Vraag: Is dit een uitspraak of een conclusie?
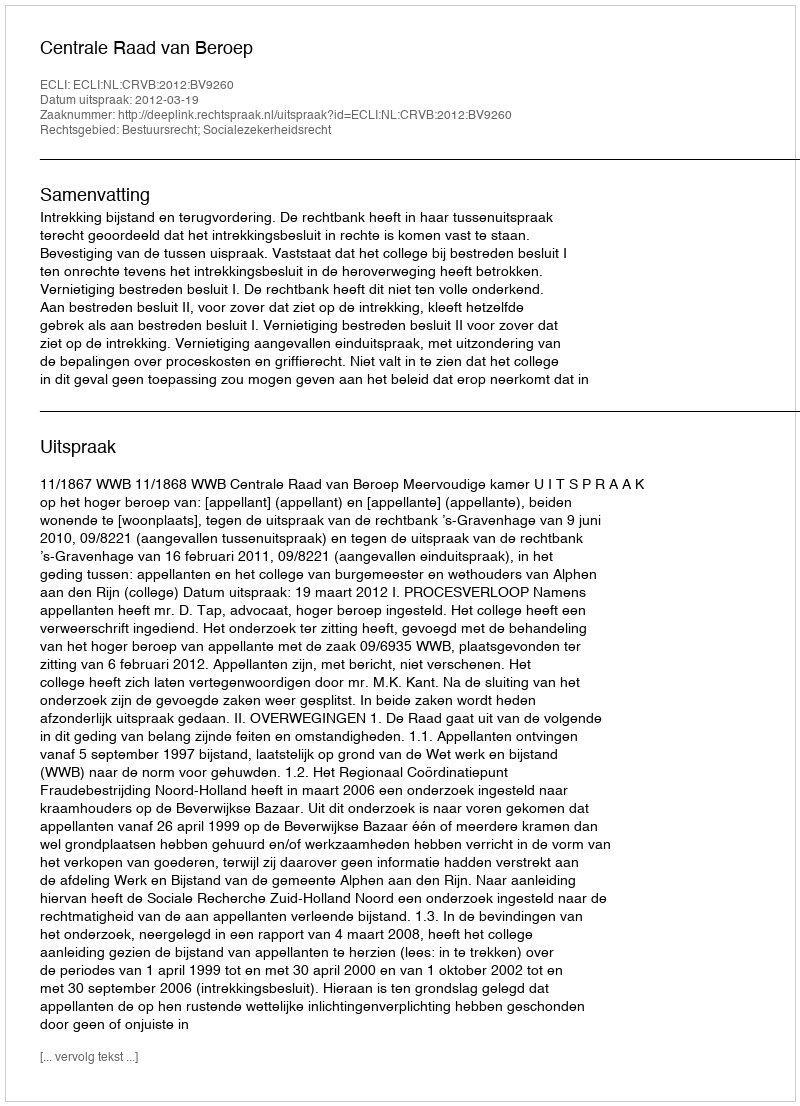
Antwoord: Uitspraak